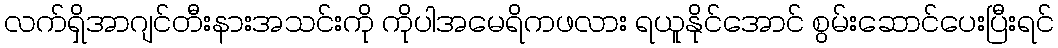
လက်ရှိအာဂျင်တီးနားအသင်းကို ကိုပါအမေရိကဖလား ရယူနိုင်အောင် စွမ်းဆောင်ပေးပြီးရင်